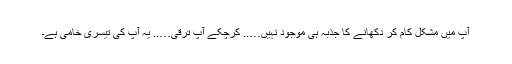
آپ میں مشکل کام کر دکھانے کا جذبہ ہی موجود نہیں….. کرچکے آپ ترقی….. یہ آپ کی تیسری خامی ہے۔